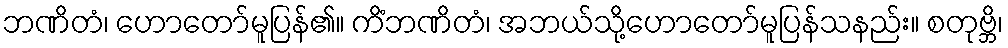
ဘဏိတံ၊ ဟောတော်မူပြန်၏။ ကိံဘဏိတံ၊ အဘယ်သို့ဟောတော်မူပြန်သနည်း။ စတုဗ္ဘိ၊